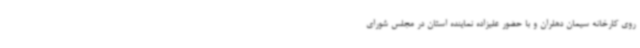
روی کارخانه سیمان دهلران و با حضور علیزاده نماینده استان در مجلس شورای